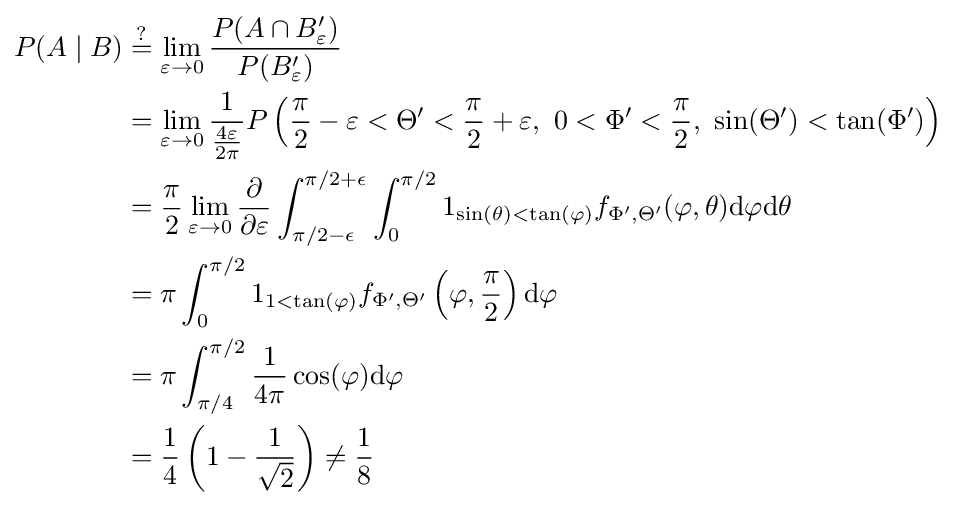
{\begin{aligned}P(A\mid B)&\mathrel {\stackrel {?}{=}} \lim _{\varepsilon \to 0}{\frac {P(A\cap B_{\varepsilon }^{\prime })}{P(B_{\varepsilon }^{\prime })}}\\&=\lim _{\varepsilon \to 0}{\frac {1}{\frac {4\varepsilon }{2\pi }}}P\left({\frac {\pi }{2}}-\varepsilon <\Theta '<{\frac {\pi }{2}}+\varepsilon ,\ 0<\Phi '<{\frac {\pi }{2}},\ \sin(\Theta ')<\tan(\Phi ')\right)\\&={\frac {\pi }{2}}\lim _{\varepsilon \to 0}{\frac {\partial }{\partial \varepsilon }}\int _{{\pi }/{2}-\epsilon }^{{\pi }/{2}+\epsilon }\int _{0}^{{\pi }/{2}}1_{\sin(\theta )<\tan(\varphi )}f_{\Phi ',\Theta '}(\varphi ,\theta )\mathrm {d} \varphi \mathrm {d} \theta \\&=\pi \int _{0}^{{\pi }/{2}}1_{1<\tan(\varphi )}f_{\Phi ',\Theta '}\left(\varphi ,{\frac {\pi }{2}}\right)\mathrm {d} \varphi \\&=\pi \int _{\pi /4}^{\pi /2}{\frac {1}{4\pi }}\cos(\varphi )\mathrm {d} \varphi \\&={\frac {1}{4}}\left(1-{\frac {1}{\sqrt {2}}}\right)\neq {\frac {1}{8}}\end{aligned}}